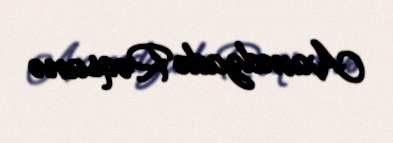
Axundzadə Rəqsanə